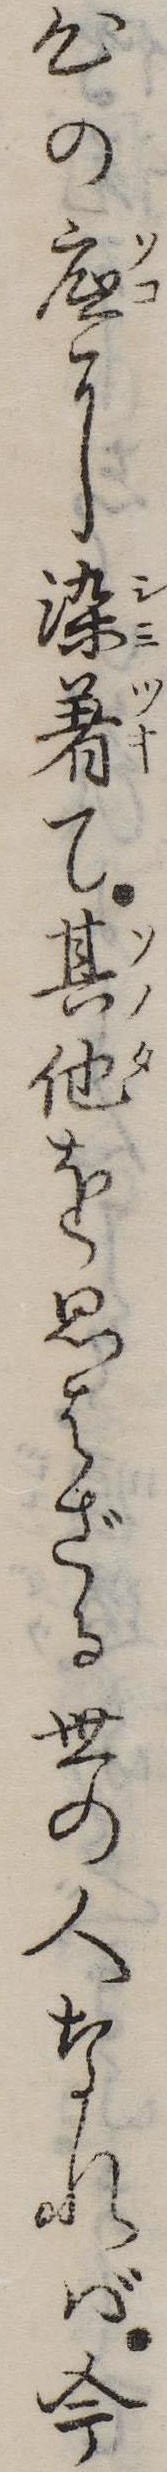
心の底に染著て其他を思はざる世の人なれば今